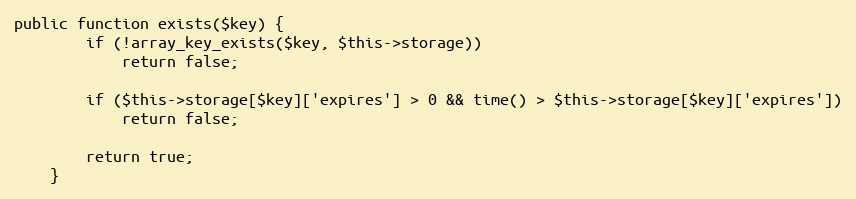
Language: PHP
public function exists($key) {
        if (!array_key_exists($key, $this->storage))
            return false;

        if ($this->storage[$key]['expires'] > 0 && time() > $this->storage[$key]['expires'])
            return false;

        return true;
    }